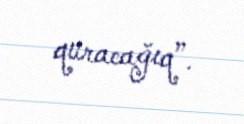
quracağıq”.